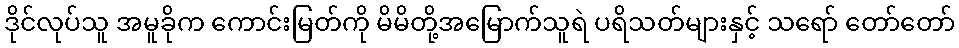
ဒိုင်လုပ်သူ အမူခိုက ကောင်းမြတ်ကို မိမိတို့အမြောက်သူရဲ ပရိသတ်များနှင့် သရော် တော်တော်